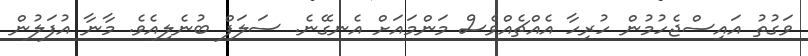
ވަގުތު އައިސްޖެހުމުން ހުރިހާ އެއްޗެއްވެސް މަންމައަށް އެނގޭނެ. ސަލަފް ބުނެލިއެވެ. މާނާ އުފަލުން